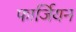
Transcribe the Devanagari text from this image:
फार्जियन